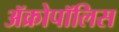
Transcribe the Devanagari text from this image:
ॲक्रोपॉलिस